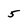
Character: 5